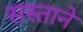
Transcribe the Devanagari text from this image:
सस्ताने